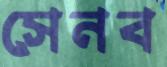
সেনব